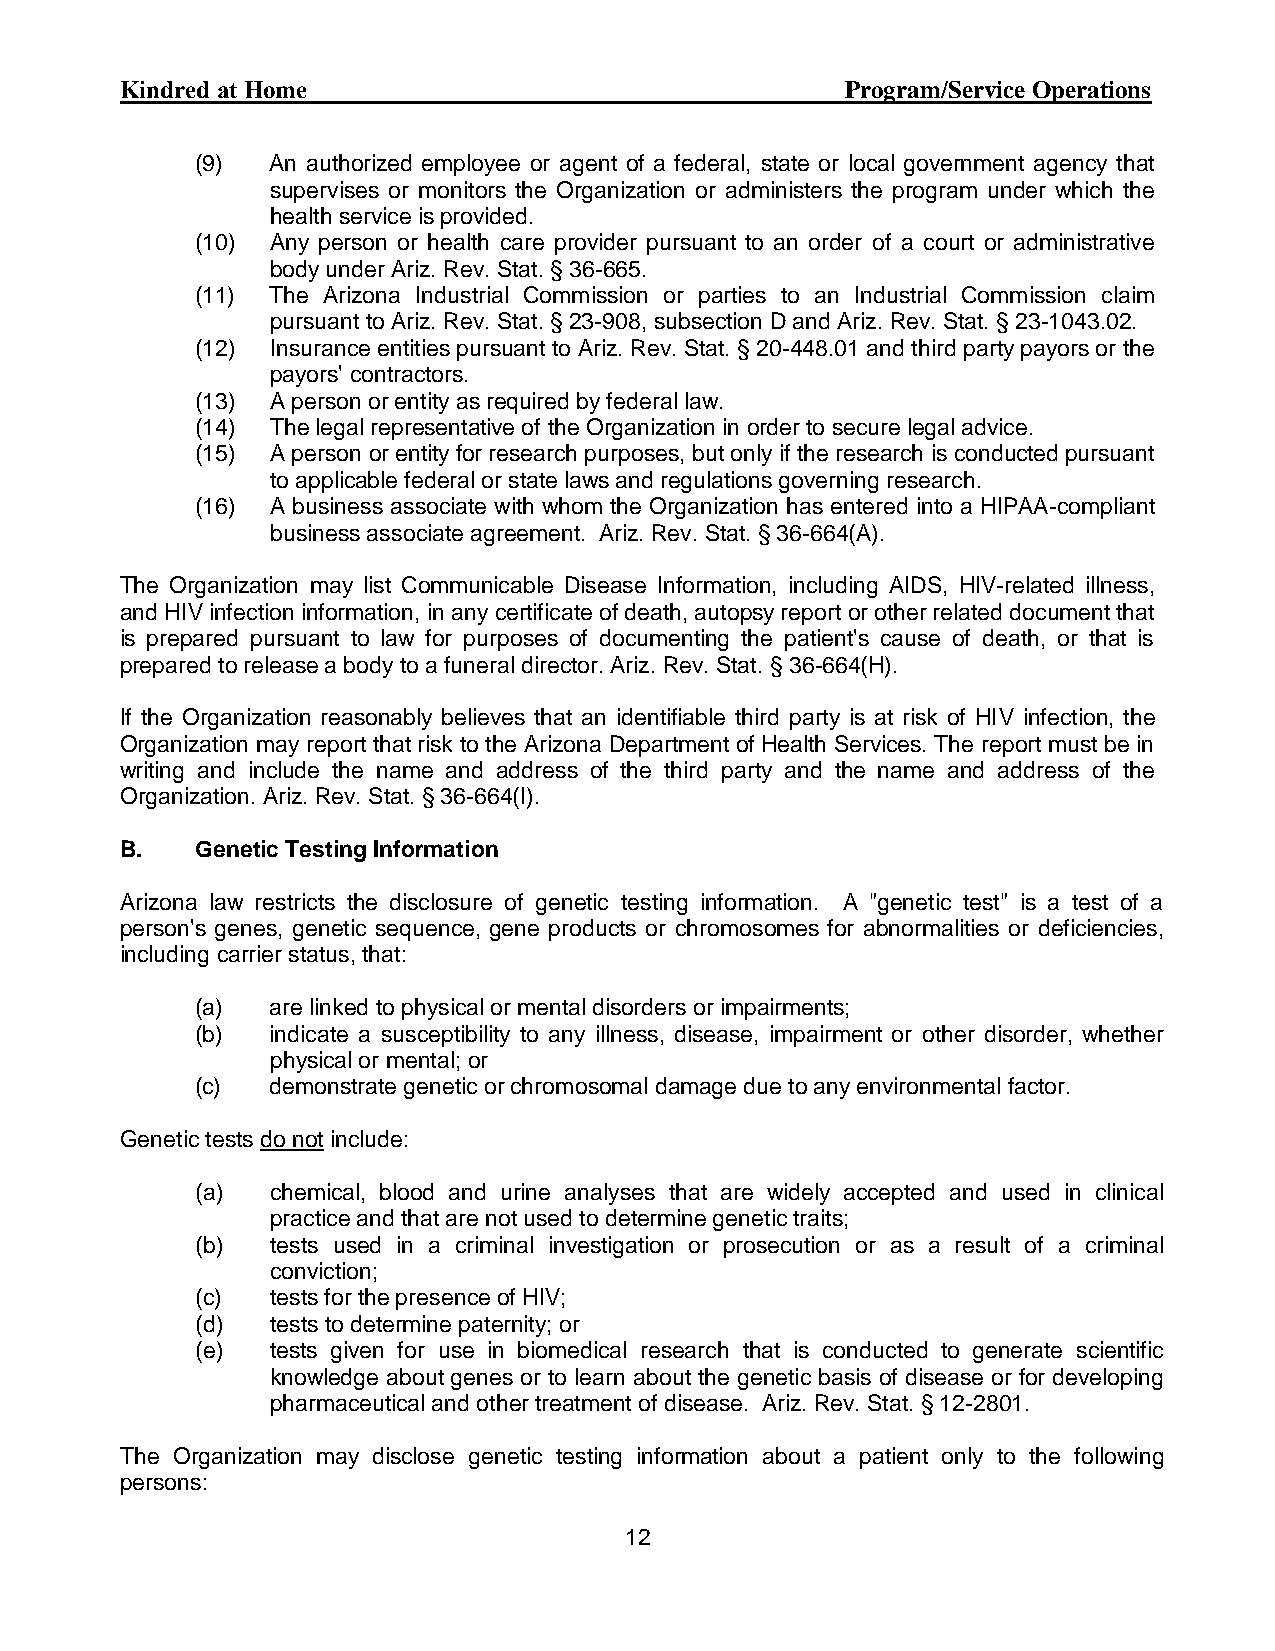
Curo Health Services                            Program/Service Operations
 (9)  An authorized employee or agent of a federal, state or local government agency that
 supervises or monitors the Organization or administers the program under which the
 health service is provided.
 (10) Any person or health care provider pursuant to an order of a court or administrative
 body under Ariz. Rev. Stat. § 36-665.
 (11) The Arizona Industrial Commission or parties to an Industrial Commission claim
 pursuant to Ariz. Rev. Stat. § 23-908, subsection D and Ariz. Rev. Stat. § 23-1043.02.
 (12) Insurance entities pursuant to Ariz. Rev. Stat. § 20-448.01 and third party payors or the
 payors' contractors.
 (13) A person or entity as required by federal law.
 (14) The legal representative of the Organization in order to secure legal advice.
 (15) A person or entity for research purposes, but only if the research is conducted pursuant
 to applicable federal or state laws and regulations governing research.
 (16) A business associate with whom the Organization has entered into a HIPAA-compliant
 business associate agreement. Ariz. Rev. Stat. § 36-664(A).
 The Organization may list Communicable Disease Information, including AIDS, HIV-related illness,
 and HIV infection information, in any certificate of death, autopsy report or other related document that
 is prepared pursuant to law for purposes of documenting the patient's cause of death, or that is
 prepared to release a body to a funeral director. Ariz. Rev. Stat. § 36-664(H).
 If the Organization reasonably believes that an identifiable third party is at risk of HIV infection, the
 Organization may report that risk to the Arizona Department of Health Services. The report must be in
 writing and include the name and address of the third party and the name and address of the
 Organization. Ariz. Rev. Stat. § 36-664(I).
 B.   Genetic Testing Information
 Arizona law restricts the disclosure of genetic testing information. A "genetic test" is a test of a
 person's genes, genetic sequence, gene products or chromosomes for abnormalities or deficiencies,
 including carrier status, that:
 (a)  are linked to physical or mental disorders or impairments;
 (b)  indicate a susceptibility to any illness, disease, impairment or other disorder, whether
 physical or mental; or
 (c)  demonstrate genetic or chromosomal damage due to any environmental factor.
 Genetic tests do not include:
 (a)  chemical, blood and urine analyses that are widely accepted and used in clinical
 practice and that are not used to determine genetic traits;
 (b)  tests used in a criminal investigation or prosecution or as a result of a criminal
 conviction;
 (c)  tests for the presence of HIV;
 (d)  tests to determine paternity; or
 (e)  tests given for use in biomedical research that is conducted to generate scientific
 knowledge about genes or to learn about the genetic basis of disease or for developing
 pharmaceutical and other treatment of disease. Ariz. Rev. Stat. § 12-2801.
 The Organization may disclose genetic testing information about a patient only to the following
 persons:
 12